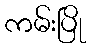
ကမ်းပြို